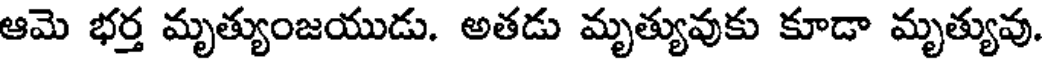
ఆమె భర్త మృత్యుంజయుడు. అతడు మృత్యువుకు కూడా మృత్యువు.